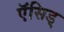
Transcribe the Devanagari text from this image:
ऍसिड्